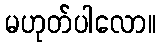
မဟုတ်ပါလော။